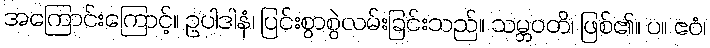
အကြောင်းကြောင့်။ ဥပါဒါနံ၊ ပြင်းစွာစွဲလမ်းခြင်းသည်။ သမ္ဘဝတိ၊ ဖြစ်၏။ ပ။ ဧဝံ၊